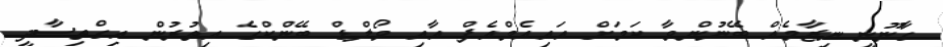
ގާނޫނީ ނިޒާމެއް ބޭނުންވާ ކަމަށް އައިއެމްއެފް އާއި ވޯލްޑް ބޭންކްގެ އިތުރުން އިގްތިސާދީ